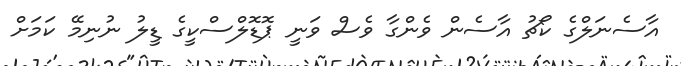
އާސެނަލްގެ ކޯޗު އާސެން ވެންގާ ވެސް ވަނީ ޕޮޑޮލްސްކީގެ ޑީލު ނުނިމޭ ކަމަށް